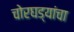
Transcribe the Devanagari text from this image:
चोरघड्यांचा